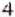
4